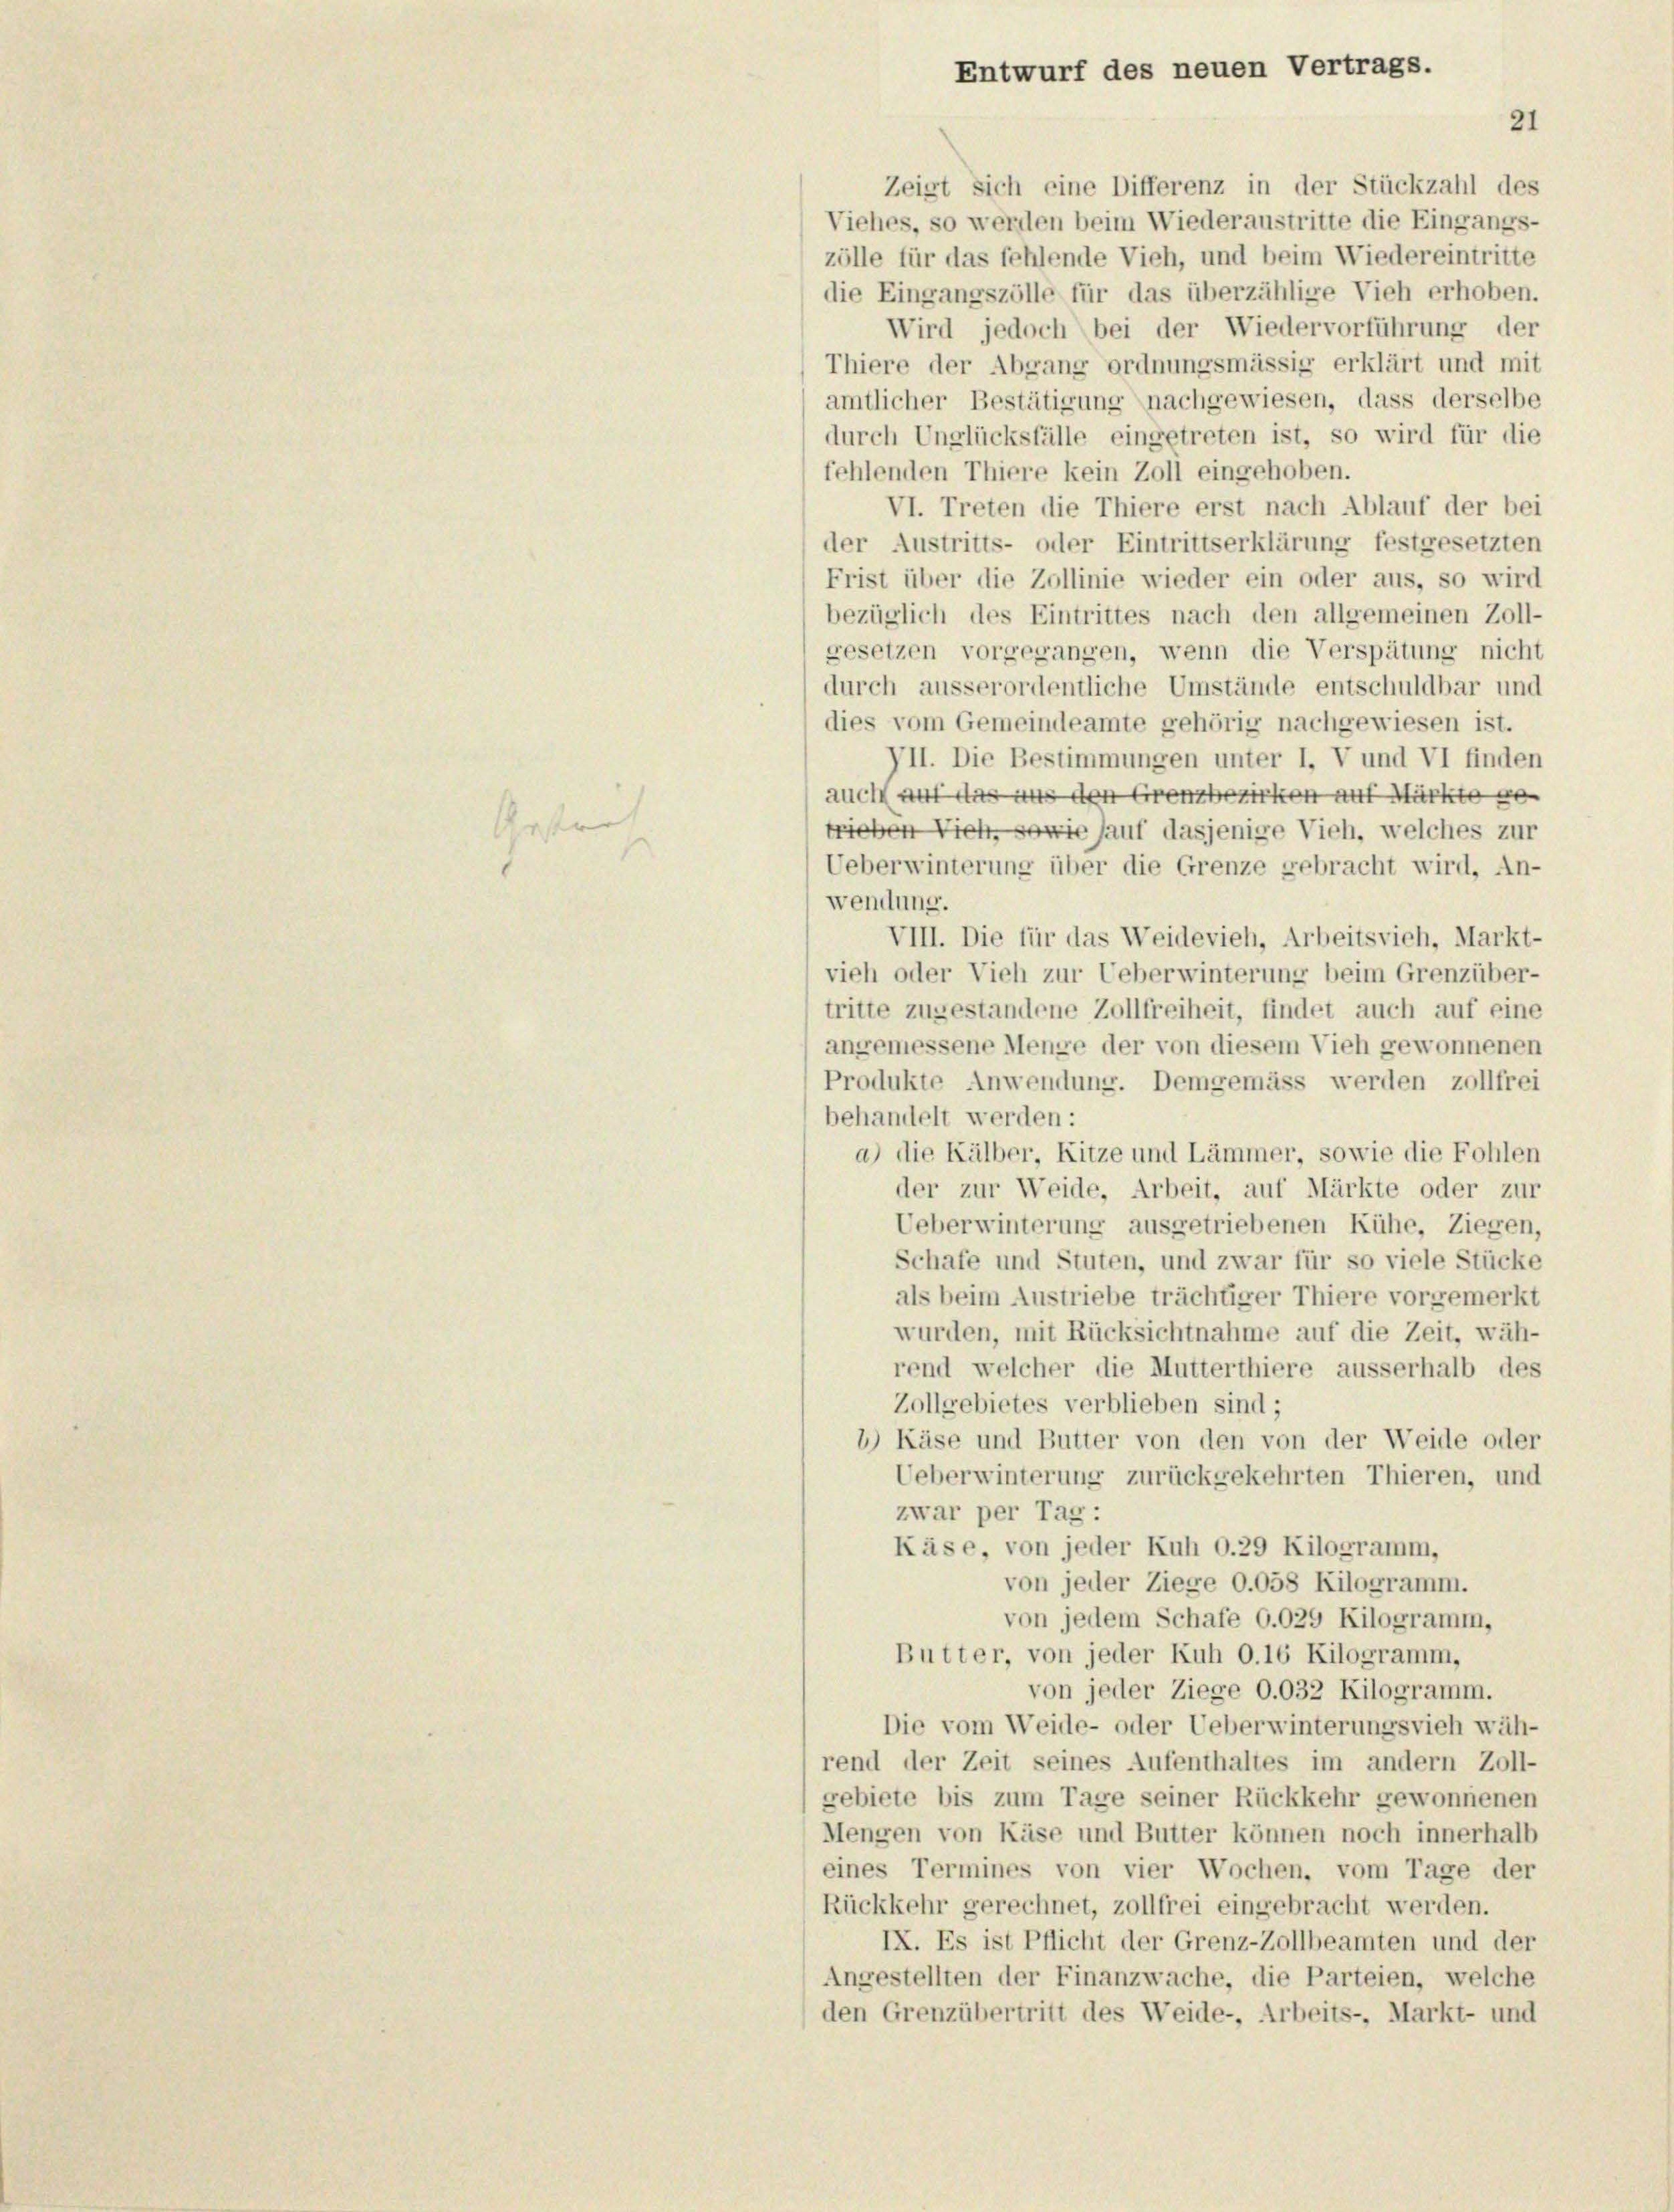
Entwurf des neuen Vertrags.
21
Zeigt sich eine Differenz in der Stückzahl des

Viehes, so werden beim Wiederaustritte die Eingangs-
zölle für das fehlende Vieh, und beim Wiedereintritte
die Eingangszölle für das überzählige Vieh erhoben.
Wird jedoch bei der Wiedervorführung der
Thiere der Abgang ordnungsmässig erklärt und mit
amtlicher Bestätigung nachgewiesen, dass derselbe
durch Unglücksfälle eingetreten ist, so wird für die
fehlenden Thiere kein Zoll eingehoben.
VI. Treten die Thiere erst nach Ablauf der bei
der Austritts- oder Eintrittserklärung festgesetzten
Frist über die Zollinie wieder ein oder aus, so wird
bezüglich des Eintrittes nach den allgemeinen Zoll-
gesetzen vorgegangen, wenn die Verspätung nicht
durch ausserordentliche Umstände entschuldbar und
dies vom Gemeindeamte gehörig nachgewiesen ist.
VII. Die Bestimmungen unter I. V und VI finden
auch auf das aus den Grenzbezirken auf Märkte ge-
Gestrich
trieben Vieh, sowie auf dasjenige Vieh, welches zur
Ueberwinterung über die Grenze gebracht wird, An-
wendung.
VIII. Die für das Weidevieh, Arbeitsvieh, Markt-
vieh oder Vieh zur Ueberwinterung beim Grenzüber-
tritte zugestandene Zollfreiheit, findet auch auf eine
angemessene Menge der von diesem Vieh gewonnenen
Produkte Anwendung. Demgemäss werden zollfrei
behandelt werden:
a) die Kälber, Kitze und Lämmer, sowie die Fohlen
der zur Weide, Arbeit, auf Märkte oder zur
Ueberwinterung ausgetriebenen Kühe, Ziegen,
Schafe und Stuten, und zwar für so viele Stücke
als beim Austriebe trächtiger Thiere vorgemerkt
wurden, mit Rücksichtnahme auf die Zeit, wäh-
rend welcher die Mutterthiere ausserhalb des
Zollgebietes verblieben sind;
’) Käse und Butter von den von der Weide oder
Ueberwinterung zurückgekehrten Thieren, und
zwar per Tag :
Käse, von jeder Kuh O.29 Kilogramm,
von jeder Ziege O.058 Kilogramm.
von jedem Schafe 6.025 Kilogramm,
Butter, von jeder Kuh 0.16 Kilogramm,
von jeder Ziege O.032 Kilogramm.
Die vom Weide- oder Ueberwinterungsvieh wäh-
rend der Zeit seines Aufenthaltes im andern Zoll-
gebiete bis zum Tage seiner Rückkehr gewonnenen
Mengen von Käse und Butter können noch innerhalb
eines Termines von vier Wochen, vom Tage der
Rückkehr gerechnet, zollfrei eingebracht werden.
IX. Es ist Pflicht der Grenz-Zollbeamten und der
Angestellten der Finanzwache, die Parteien, welche
den Grenzübertritt des Weide-, Arbeits-, Markt- und